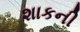
શાકની